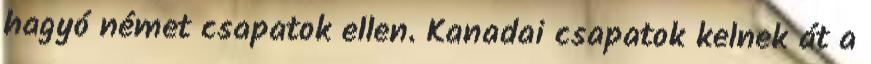
hagyó német csapatok ellen. Kanadai csapatok kelnek át a